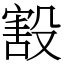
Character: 㲅